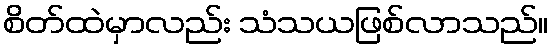
စိတ်ထဲမှာလည်း သံသယဖြစ်လာသည်။